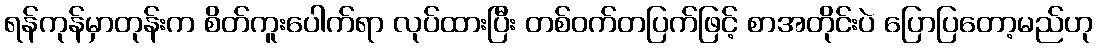
ရန်ကုန်မှာတုန်းက စိတ်ကူးပေါက်ရာ လုပ်ထားပြီး တစ်ဝက်တပြက်ဖြင့် စာအတိုင်းပဲ ပြောပြတော့မည်ဟု